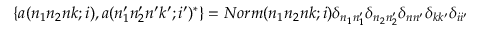
\{ a ( n _ { 1 } n _ { 2 } n k ; i ) , a ( n _ { 1 } ^ { \prime } n _ { 2 } ^ { \prime } n ^ { \prime } k ^ { \prime } ; i ^ { \prime } ) ^ { * } \} = N o r m ( n _ { 1 } n _ { 2 } n k ; i ) \delta _ { n _ { 1 } n _ { 1 } ^ { \prime } } \delta _ { n _ { 2 } n _ { 2 } ^ { \prime } } \delta _ { n n ^ { \prime } } \delta _ { k k ^ { \prime } } \delta _ { i i ^ { \prime } }